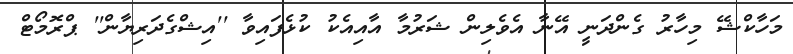
މަހާކްޝޭ މިހާރު ގެންދަނީ އޭނާ އެވެލިން ޝަރުމާ އާއިއެކު ކުޅެފައިވާ ''އިޝްގެދަރިޔާން'' ޕްރޮމޯޓް